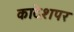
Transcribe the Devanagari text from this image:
कादेशपर